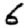
Digit: 6